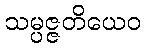
သမ္ပဇ္ဇတိယေဝ